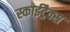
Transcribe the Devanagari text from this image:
स्काईट्रैक्स